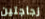
زجاجتين